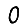
Digit: 0